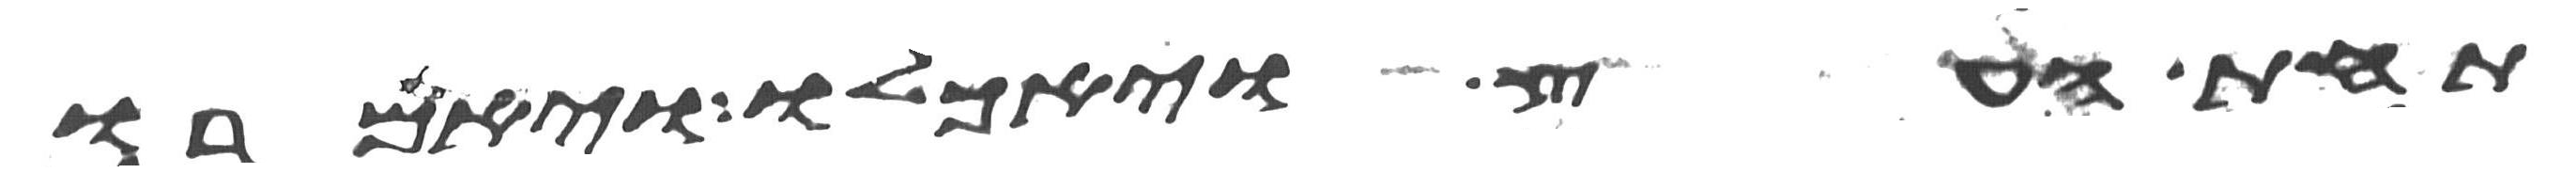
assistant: תחת העץ ויאכלו ויאמרו